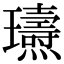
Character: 瓙